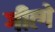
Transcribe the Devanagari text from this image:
गीत्गे